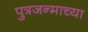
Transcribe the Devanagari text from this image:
पुत्रजन्माच्या